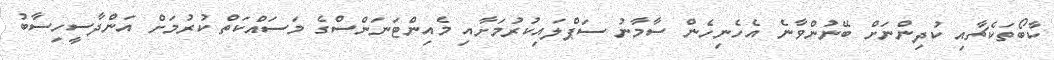
ކާބޯތަކެޗާއި ކުދިންނަށް ބޭނުންވާނެ އެހެނިހެން ސާމާނު ސަޕްލައިކުރުމަށާއި މެއިންޓަނަންސްގެ މަސައްކަތް ކުރުމަށް އަންދާސީހިސާބު